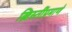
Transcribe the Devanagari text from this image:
ख्रिस्तींप्रमाणे